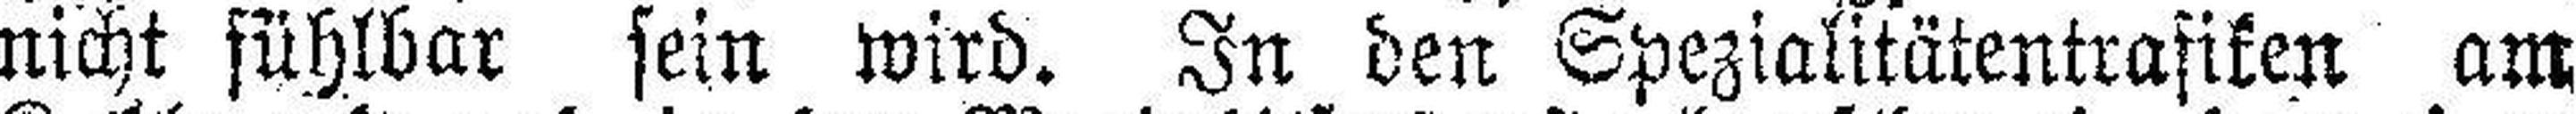
nicht fühlbar sein wird. In den Spezialitätentrafiken am